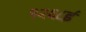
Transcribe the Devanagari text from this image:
१२६८ई